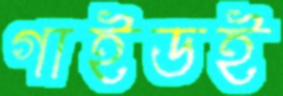
গাইডই